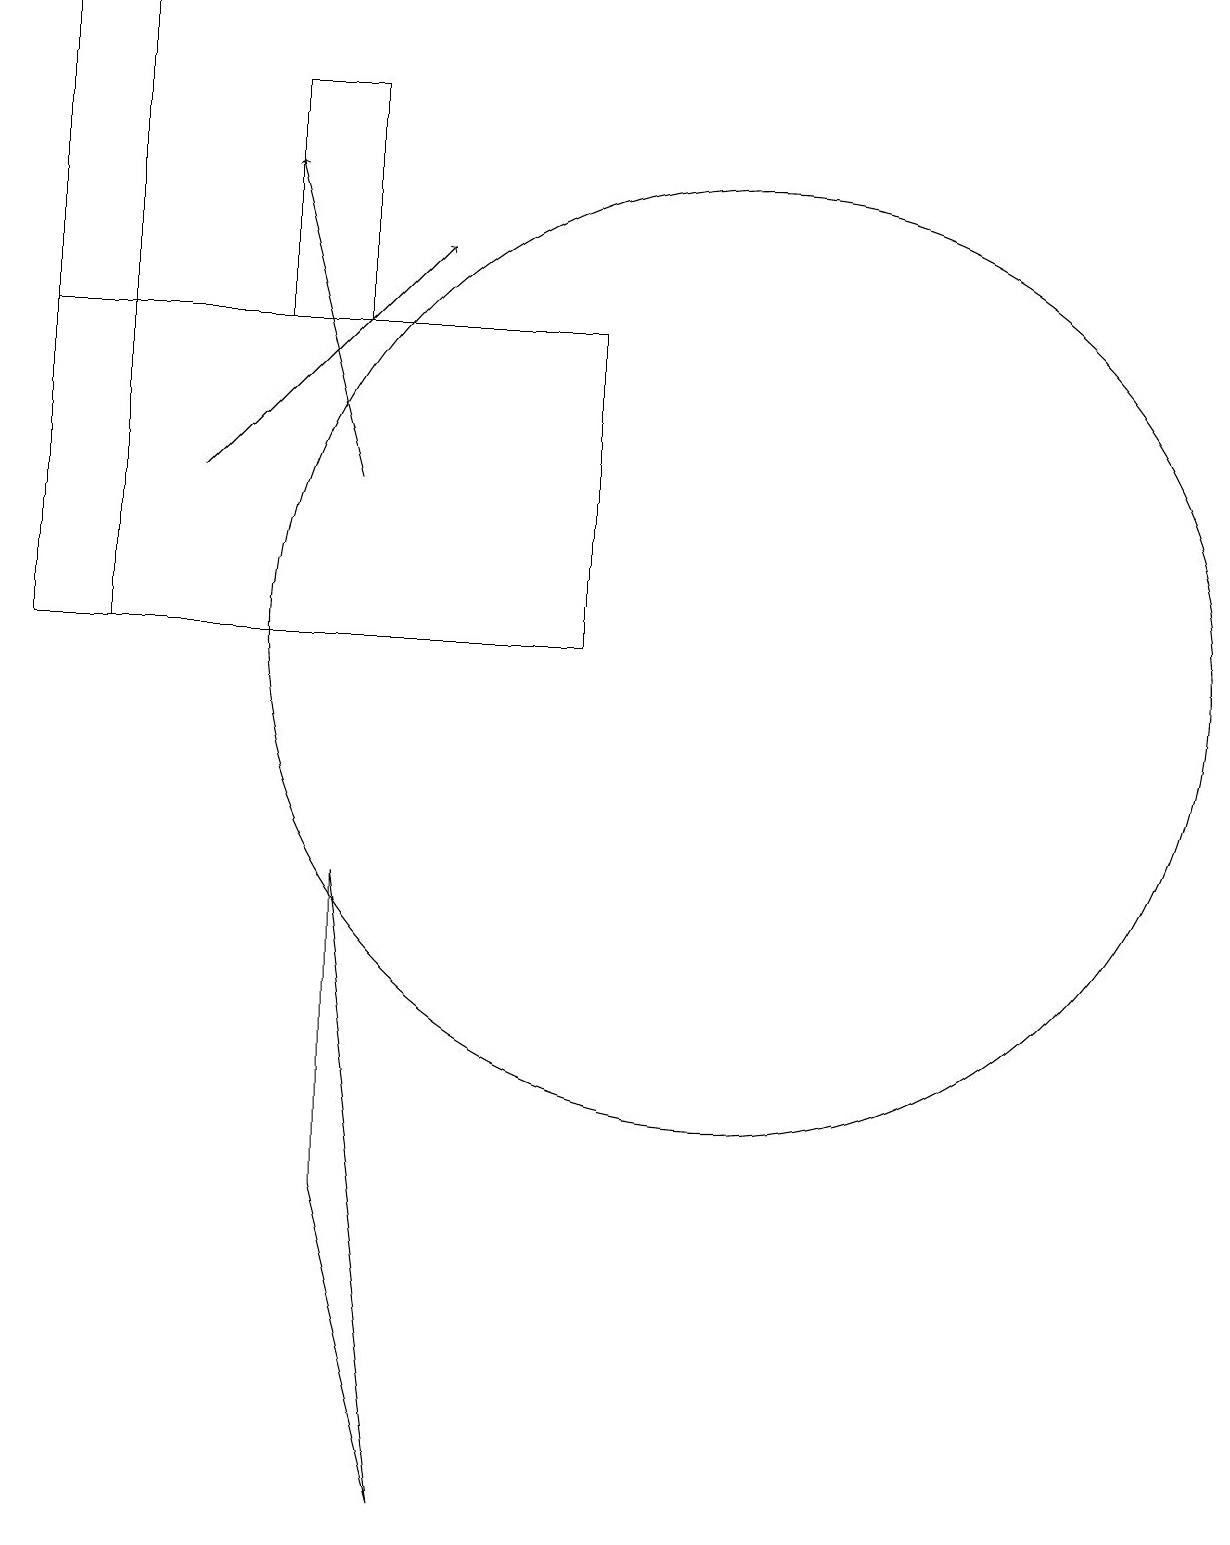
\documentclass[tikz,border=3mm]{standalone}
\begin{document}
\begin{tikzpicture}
\draw[->] (3,13) -- (6,16);
\draw (5,15) rectangle (4,18);
\draw (1,15) rectangle (8,11);
\draw (10,11) circle (6);
\draw (2,19) rectangle (1,11);
\draw[->] (5,13) -- (4,17);
\draw (5,4) -- (6,0) -- (5,8) -- cycle;
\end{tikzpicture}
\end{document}